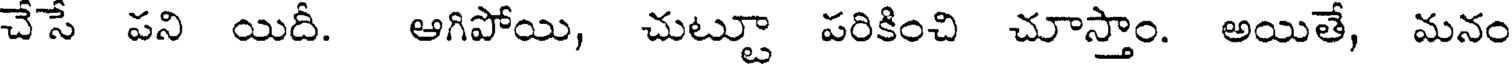
చేసే పని యిదీ. ఆగిపోయి, చుట్టూ పరికించి చూస్తాం. అయితే, మనం